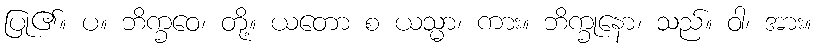
ပြု၏။ ပ။ ဘိက္ခဝေ၊ တို့။ ယတော စ ယသ္မာ၊ ကား။ ဘိက္ခုနော၊ သည်။ ဝါ၊ အား။